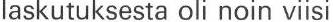
laskutuksesta oli noin viisi